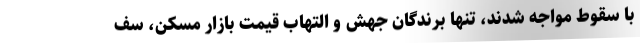
با سقوط مواجه شدند، تنها برندگان جهش و التهاب قیمت بازار مسکن، سف